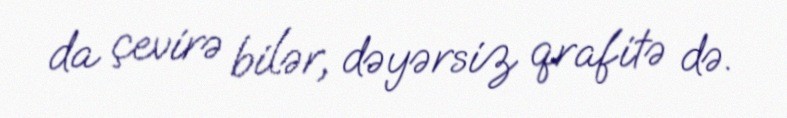
da çevirə bilər, dəyərsiz qrafitə də.